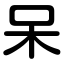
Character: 呆